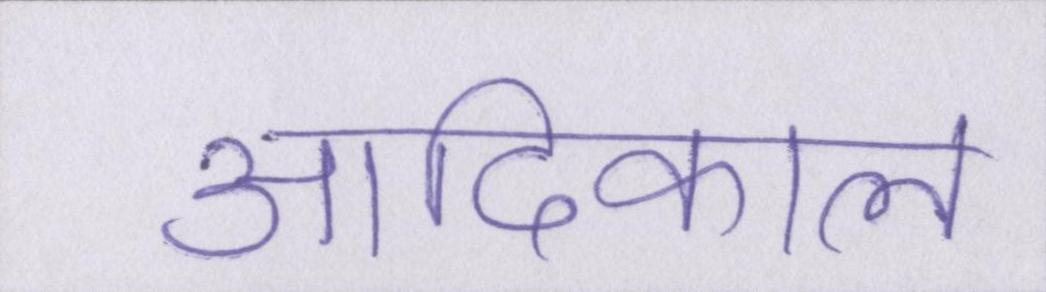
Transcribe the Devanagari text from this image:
आदिकाल